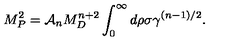
M _ { P } ^ { 2 } = { \cal A } _ { n } M _ { D } ^ { n + 2 } \int _ { 0 } ^ { \infty } d \rho \sigma \gamma ^ { ( n - 1 ) / 2 } .